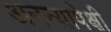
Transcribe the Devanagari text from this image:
अनन्यापेक्षी